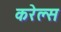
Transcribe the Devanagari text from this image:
करेल्स